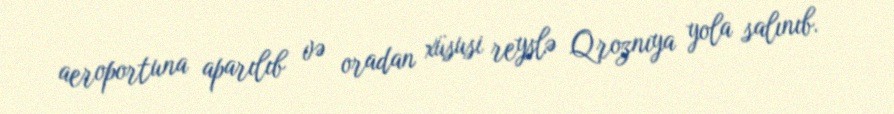
aeroportuna aparılıb və oradan xüsusi reyslə Qroznıya yola salınıb.